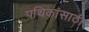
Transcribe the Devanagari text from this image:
पथिकांसाठी